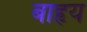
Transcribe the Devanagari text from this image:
बाहृय